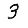
Digit: 3